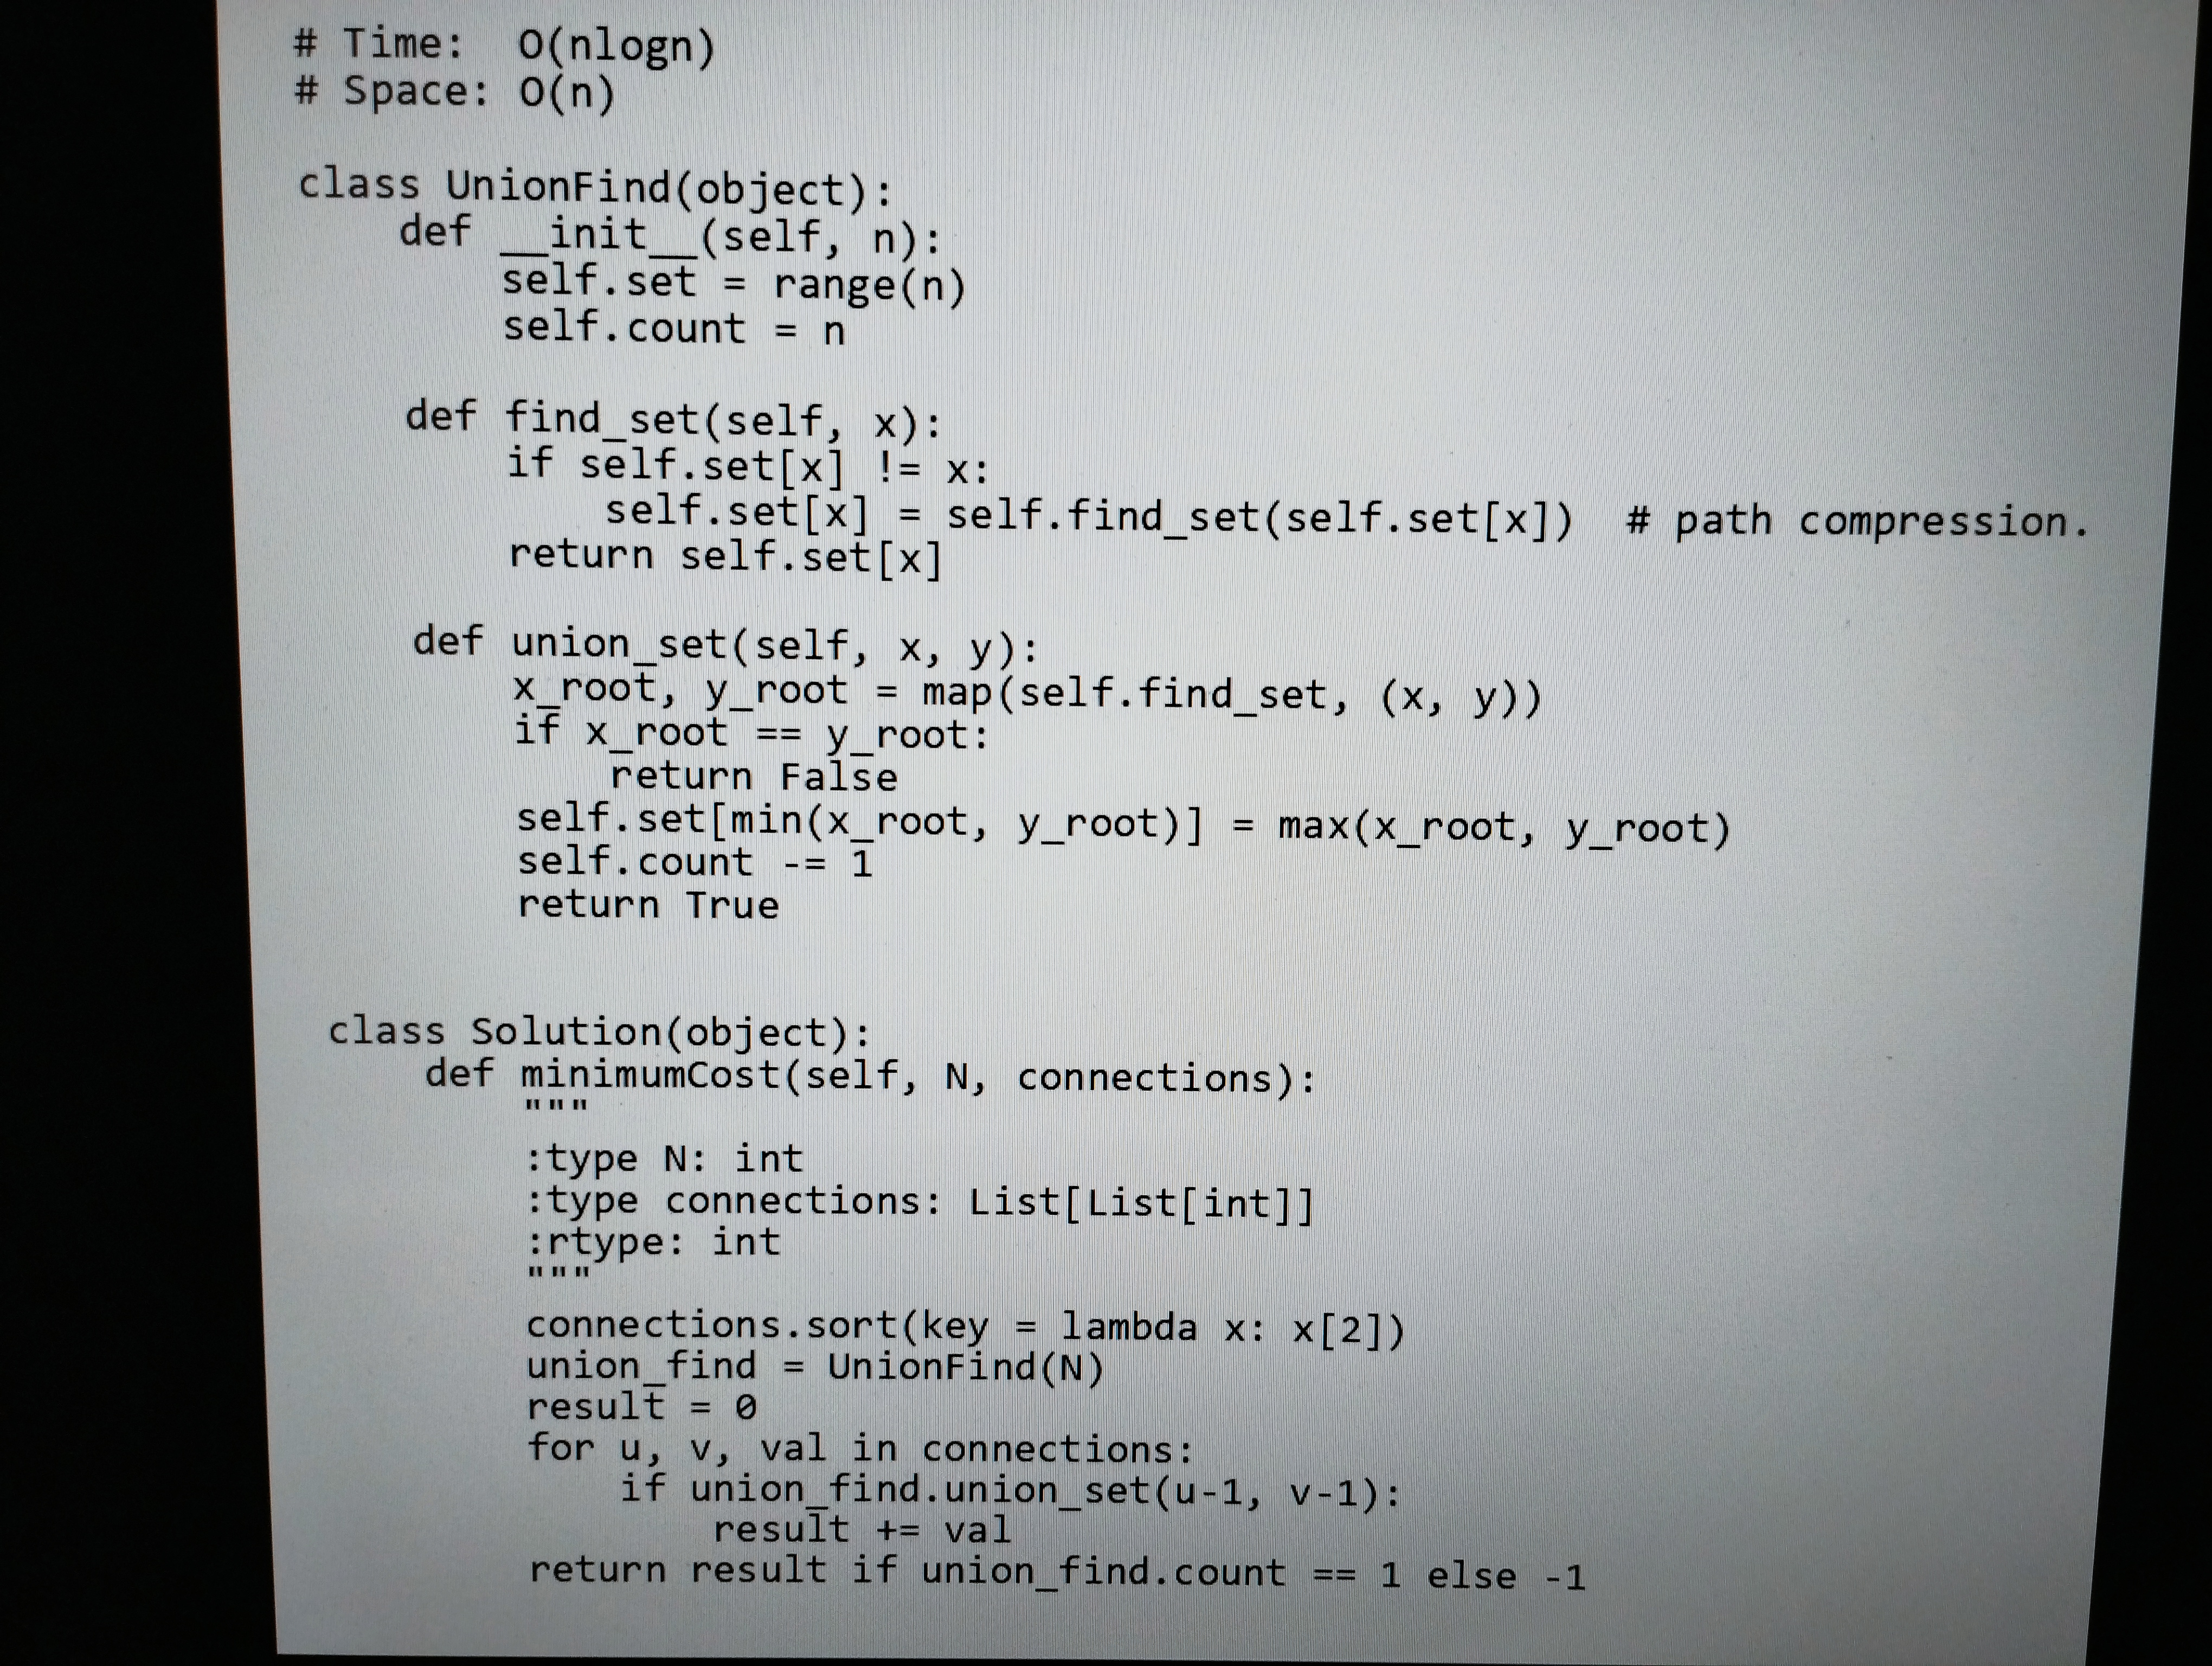
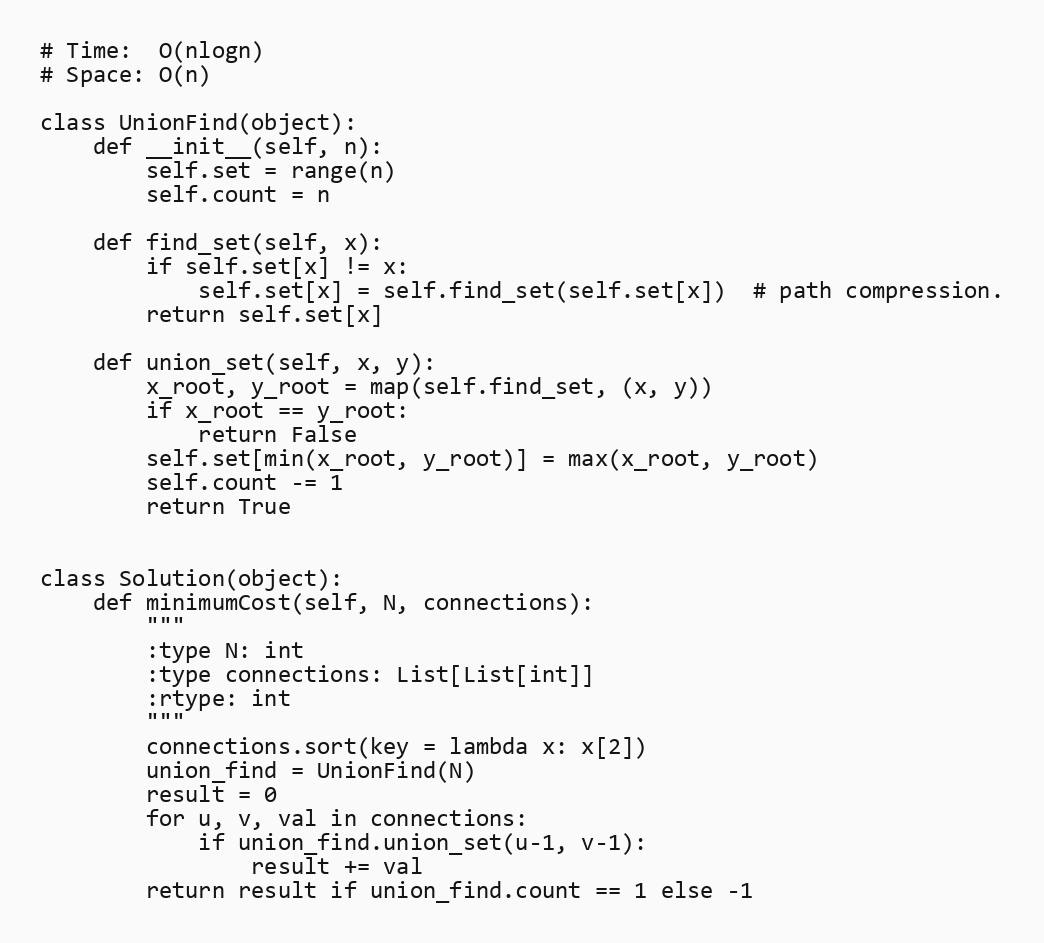
# Time:  O(nlogn)
# Space: O(n)

class UnionFind(object):
    def __init__(self, n):
        self.set = range(n)
        self.count = n

    def find_set(self, x):
        if self.set[x] != x:
            self.set[x] = self.find_set(self.set[x])  # path compression.
        return self.set[x]

    def union_set(self, x, y):
        x_root, y_root = map(self.find_set, (x, y))
        if x_root == y_root:
            return False
        self.set[min(x_root, y_root)] = max(x_root, y_root)
        self.count -= 1
        return True

class Solution(object):
    def minimumCost(self, N, connections):
        """
        :type N: int
        :type connections: List[List[int]]
        :rtype: int
        """
        connections.sort(key = lambda x: x[2])
        union_find = UnionFind(N)
        result = 0
        for u, v, val in connections:
            if union_find.union_set(u-1, v-1):
                result += val
        return result if union_find.count == 1 else -1